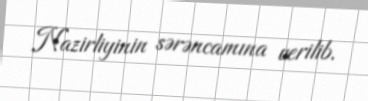
Nazirliyinin sərəncamına verilib.